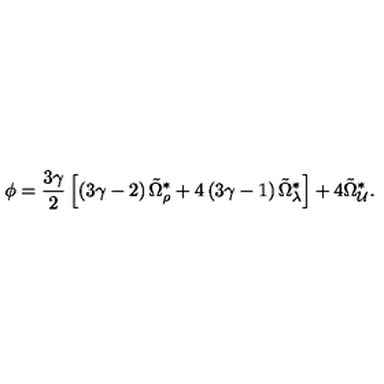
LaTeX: \phi = \frac { 3 \gamma } { 2 } \left[ \left( 3 \gamma - 2 \right) \tilde { \Omega } _ { \rho } ^ { \ast } + 4 \left( 3 \gamma - 1 \right) \tilde { \Omega } _ { \lambda } ^ { \ast } \right] + 4 \tilde { \Omega } _ { \cal U } ^ { \ast } .